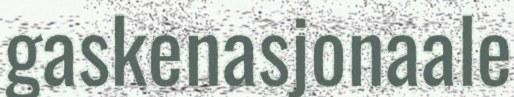
gaskenasjonaale